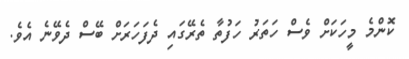
ކޮންމެ މީހަކަށް ވެސް ހަތަރު ހަފުތާ ތެރޭގައި ދެފަހަރަށް ބޭސް ދެވޭނެ އެވެ.